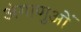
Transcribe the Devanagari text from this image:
अंगाणुओं